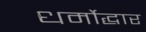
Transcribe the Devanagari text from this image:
धर्मोद्धार